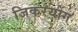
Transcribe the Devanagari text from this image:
जिकरयोग